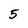
Character: 5